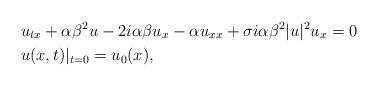
LaTeX: \begin{align*}&u_{tx}+\alpha\beta^2u-2i\alpha\beta u_x-\alpha u_{xx}+\sigma i\alpha\beta^2|u|^2u_x=0 \\&u(x,t)|_{t=0} = u_0(x),\end{align*}